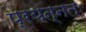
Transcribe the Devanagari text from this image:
प्रयत्नतः